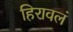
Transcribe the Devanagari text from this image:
हिरावलं